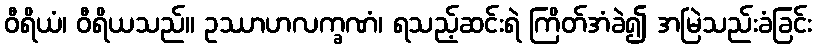
ဝီရိယံ၊ ဝီရိယသည်။ ဥဿာဟလက္ခဏံ၊ ရသည့်ဆင်းရဲ ကြိတ်အံခဲ၍ အမြဲသည်းခံခြင်း